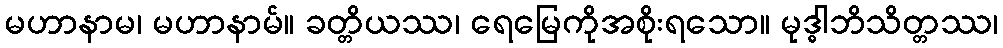
မဟာနာမ၊ မဟာနာမ်။ ခတ္တိယဿ၊ ရေမြေကိုအစိုးရသော။ မုဒ္ဓါဘိသိတ္တဿ၊